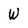
Character: W